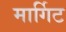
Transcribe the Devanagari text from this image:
मार्गिट